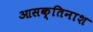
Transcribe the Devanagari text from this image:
आसक्तिनाश